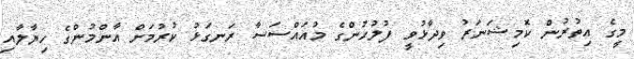
މީގެ އިތުރުން ކޮމިޝަނަރު ވިދާޅުވީ ފުލުހުންގެ މުއައްސަސާ ރަނގަޅު ކުރުމަށް އާންމުންގެ ހިޔާލާއި